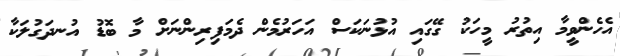
އެހެންވީމާ އިތުރު މީހަކު ގޭގައި އުޅުނަކަސް އަހަރުމެން ދެމަފިރިންނަށް މާ ބޮޑު އުނދަގުލަކާ